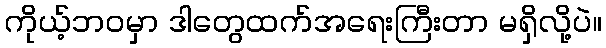
ကိုယ့်ဘဝမှာ ဒါတွေထက်အရေးကြီးတာ မရှိလို့ပဲ။